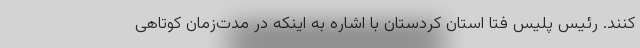
کنند. رئیس پلیس فتا استان کردستان با اشاره به اینکه در مدت‌زمان کوتاهی